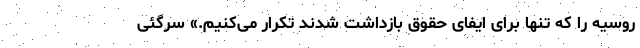
روسیه را که تنها برای ایفای حقوق بازداشت شدند تکرار می‌کنیم.» سرگئی